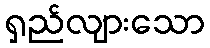
ရှည်လျားသော